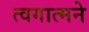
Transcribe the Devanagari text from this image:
त्वगात्मने